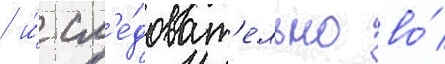
/ и́ сл'е́доват'ельно во́